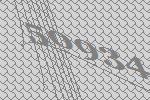
50934